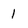
Character: 1